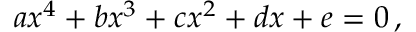
a x ^ { 4 } + b x ^ { 3 } + c x ^ { 2 } + d x + e = 0 \, ,